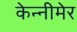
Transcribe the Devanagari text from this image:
केन्नीमेर